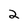
Character: 2